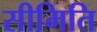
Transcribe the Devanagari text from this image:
सीमिति